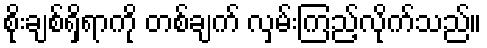
စိုးချစ်ရှိရာကို တစ်ချက် လှမ်းကြည့်လိုက်သည်။